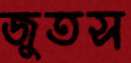
জুতস